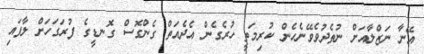
އޭނާ ނަޒްލާއަށް ނުތެދުވެވޭނެހެން ކުރިމަތީ ހުރެގެން އެދެއަތް ގެންގޮސް ގޮނޑީގެ ފުރަގަހަށް ލާފައި